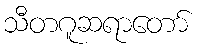
သီတဂူဆရာတော်